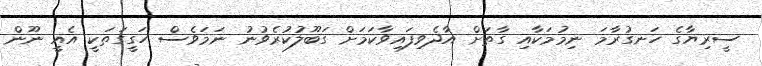
ސީރިޔާގެ ހަނގުރާމަ ނިމުމަކާއި ގާތަށް އާދެވިފައިވާކަމަށް ގަބޫލުކުރެވުނު ނަމަވެސް ހަގީގަތަކީ އެއީ ނޫން